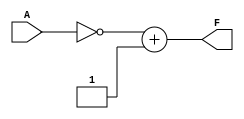
module TwosCompliment(A,F);
input [n-1:0]A; output [n-1:0]F; parameter n =8;
assign F = ~A + 8'b00000001;
endmodule